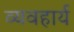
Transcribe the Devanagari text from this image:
व्‍यवहार्य